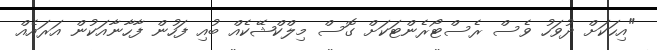
"އިހަކަށް ދުވަހު ވެސް ރެސްޓޯރެންޓަކަށް ގޮސް މިލްކްޝޭކެއް ބުއި ފަހުން ފާހާނާއަކުން އަރައެއް